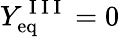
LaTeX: Y_{\mathrm{eq}}^{\mathrm{~I~I~I~}}=0